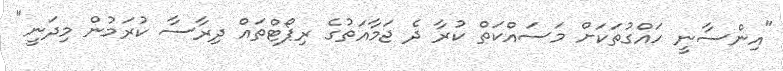
"އިންސާނީ ހައްގުތަކަށް މަސައްކަތް ކުރާ ދެ ޖަމާއަތުގެ ރިޕޯޓްތައް ދިރާސާ ކުރަމުން މިދަނީ"